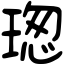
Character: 𤧚